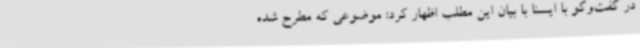
در گفت‌وگو با ایسنا با بیان این مطلب اظهار کرد: موضوعی که مطرح شده